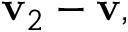
\mathbf { v } _ { 2 } - \mathbf { v } ,